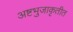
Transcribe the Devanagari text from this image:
अष्टभुजाकृतीत